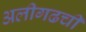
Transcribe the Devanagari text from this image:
अलीगढची